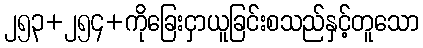
၂၅၃+၂၅၄+ကိုခြေးငှာယူခြင်းစသည်နှင့်တူသော